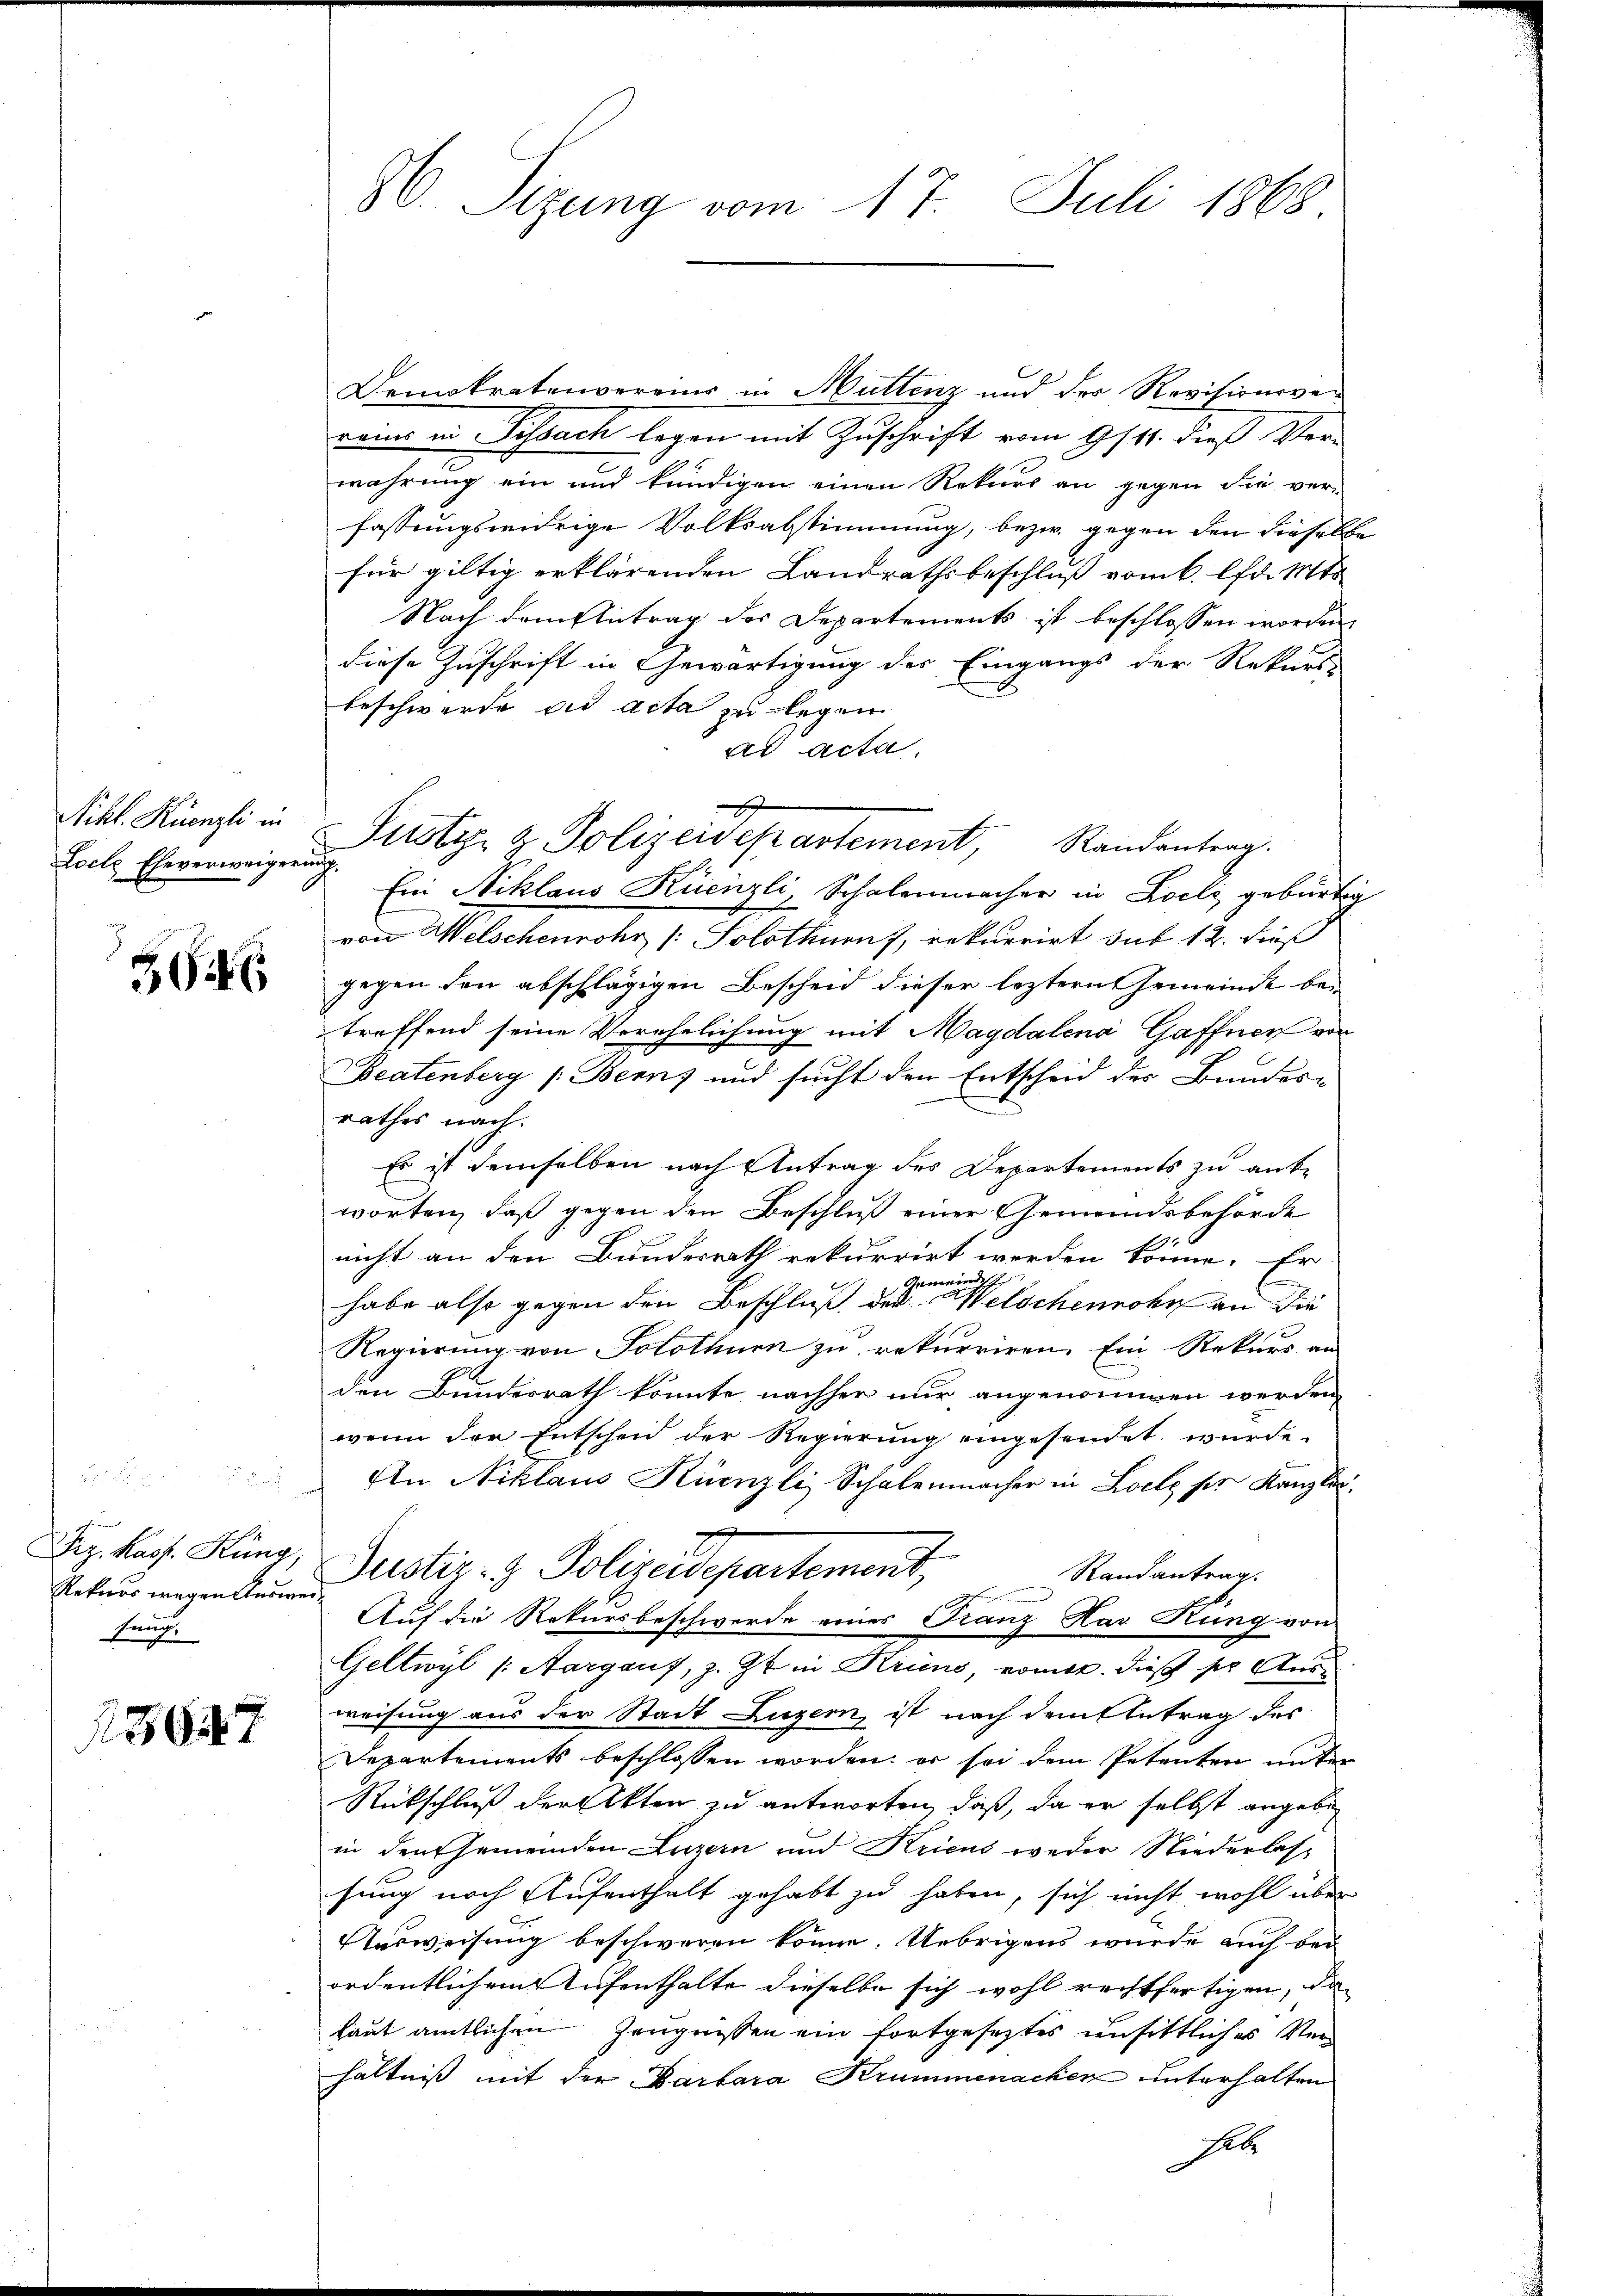
Nikl. Kienzli in
Loche Eheverweiger

36

eacht
Dez. Kass. Küng,
Rekurs wegen Ansie
sung.

18647

W. Sizung vom 17. Juli 1868

Demokratenvereins in Muttenz und der Revisionsver
reine in Pissach legen mit Zuschrift vom 9/11. dieß Ster
wahrung ein und kündigen einen Rekurs an gegen die ver-
fassungswidrige Volksabstimmung, bezw. gegen den diesels
für giltig erklärenden Landrathsbeschluß vom k. lfd. Mts.
Nach dem Antrag des Departements ist beschlossen worden
diese Zuschrift in Gewärtigung des Eingangs der Rekurs-
beschwerde ad acta zu legen
ad acta.
7. Ein Niklaus Küenzli, Schalenmacher in Loeli gebürte
von Welschenrohr Solothurn, rekurrirt sub 12. dieß
gegen den abschlägigen Bescheid dieser leztern Gemeinde bei
treffend seine Verehelichung mit Magdalena Gaffner von
Beatenberg (Berns und sucht den Entscheid des Bundes-
rathes nach.
Es ist demselben nach Antrag des Departements zu ant-
worten, daß gegen den Beschluß einer Gemeindsbehörde
nicht an den Bundesrath rekurrirt werden könne. Er
Gemeinde.
habe also gegen den Beschluß der Welschenrohr an die
Regierung von Solothurn zu rekurriren. Ein Rekurs an
den Bundesrath könnte nachher nur angenommen werden,
wenn der Entscheid der Regierung eingesendet würde.
c
An Niklaus Künzli Schalenmacher in Loche ser Kanzlic¬
2
Justiz- & Polizeidepartement
Randantrag:
a
Auf die Rekursbeschwerde eines Franz Kar Rung von
Geltwyl (Aargaus, z. Zt. in Krins ermitt. dies ser Aus-
weisung aus der Stadt Luzern, ist nach dem Antrag des
Departements beschlossen worden; er sei dem Petenten unter
Rückschluß der Akten zu antworten, daß, da er selbst angebe
in den Gemeinden Luzern und Kricus weder Niederlassung nach Aufenthalt gehabt zu haben, sich nicht wohl über
Ausweisung beschweren könne. Uebrigens wurde auch bei
ordentlichem Aufenthalte dieselbe sich wohl rechtfertigen, da
laut amtlichen Zeugnissen ein fortgesetztes unsittliches Verhältniß mit der Barbara Krummenachen unterhalten
hebe

Justiz & Polizeidepartement, Randantrag.